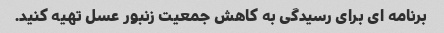
برنامه ای برای رسیدگی به کاهش جمعیت زنبور عسل تهیه کنید.